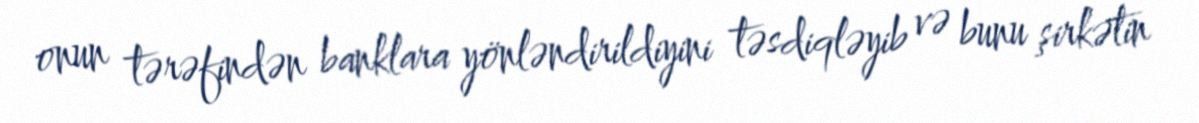
onun tərəfindən banklara yönləndirildiyini təsdiqləyib və bunu şirkətin